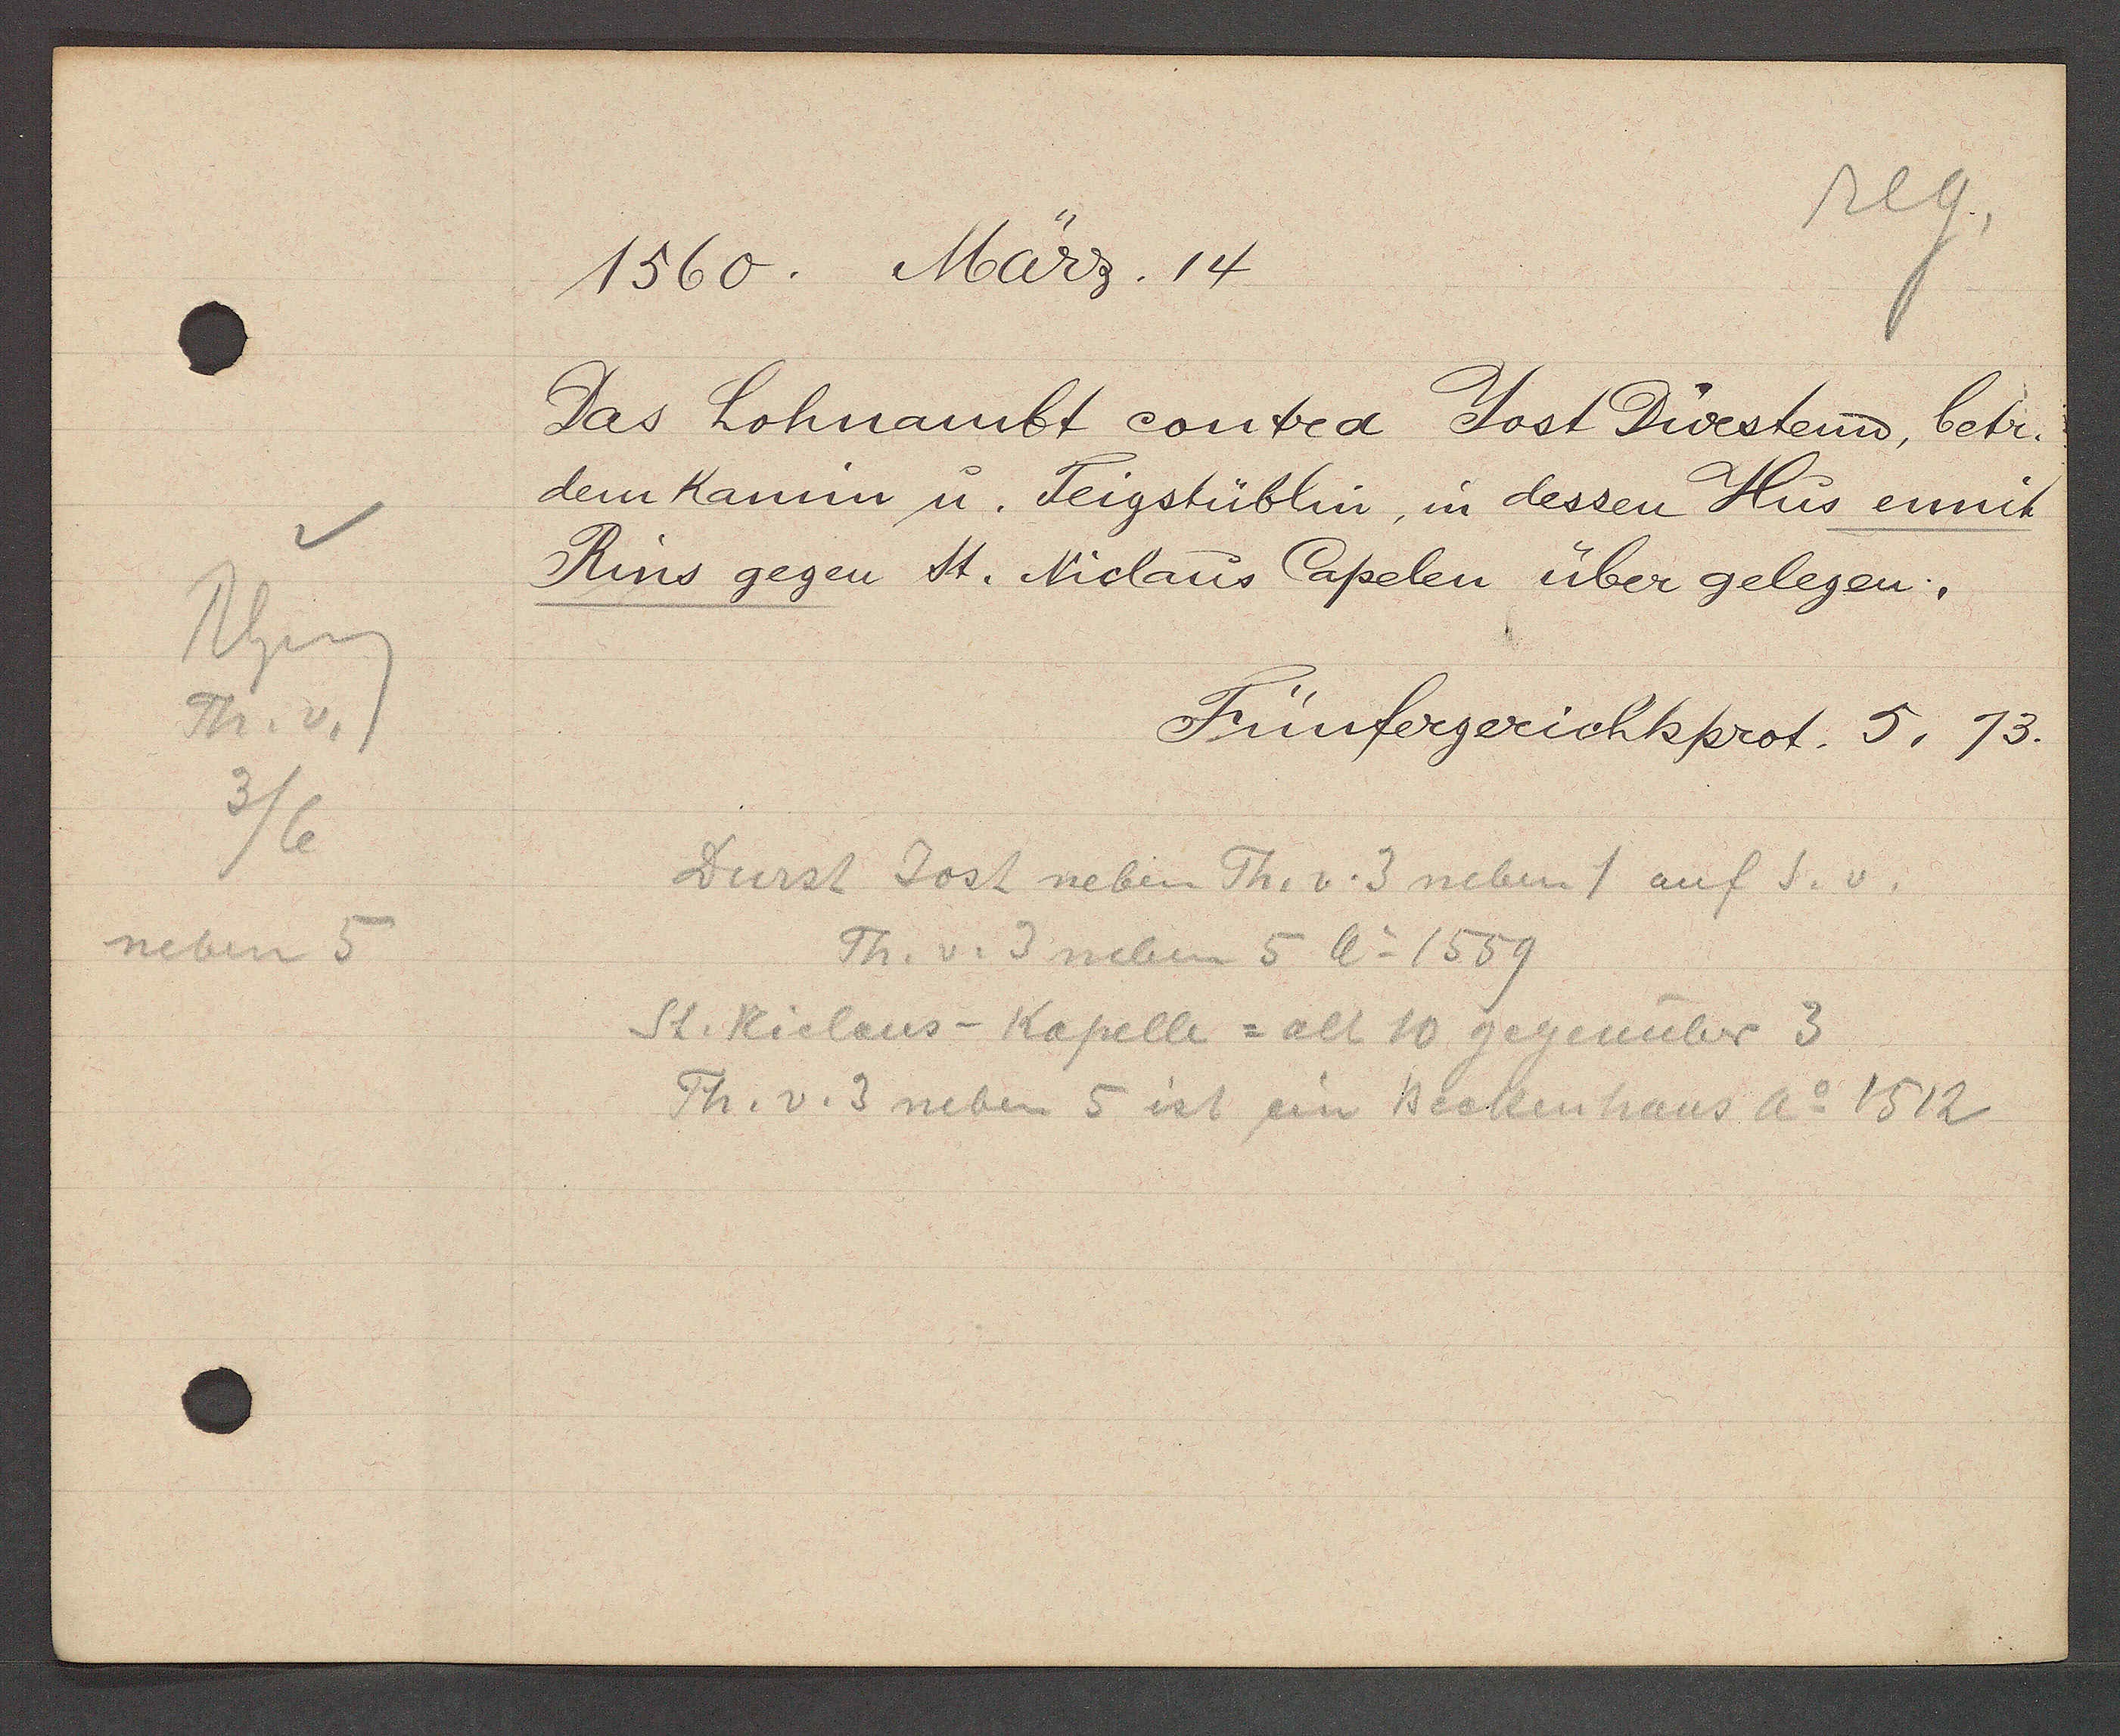
Transcript:
Rhing
Th. v.
3/6
neben 5

1560. März. 14

Das Lohnambt contra Yost Dürstenn, betr.
dem Kamin u. Teigstüblin, in dessen Hus ennit
Rins gegen St. Niclaus Capelen über gelegen.

Fünfergerichtsprot. 5, 73.

Durst Jost neben Th. v. 3 neben 1 auf S. v.
Th. v. 3 neben 5 Ao 1559
St. Niclaus-Kapelle = alt 10 gegenüber 3
Th. v. 3 neben 5 ist ein Beckenhaus Ao 1512